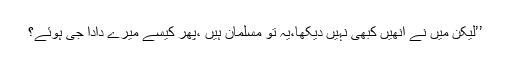
’’لیکن میں نے انھیں کبھی نہیں دیکھا،یہ تو مسلمان ہیں ،پھر کیسے میرے دادا جی ہوئے؟